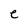
Character: e